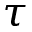
\tau